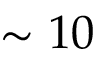
\sim 1 0